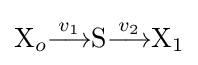
{\text{X}}_{o}{\stackrel {v_{1}}{\longrightarrow }}{\text{S}}{\stackrel {v_{2}}{\longrightarrow }}{\text{X}}_{1}